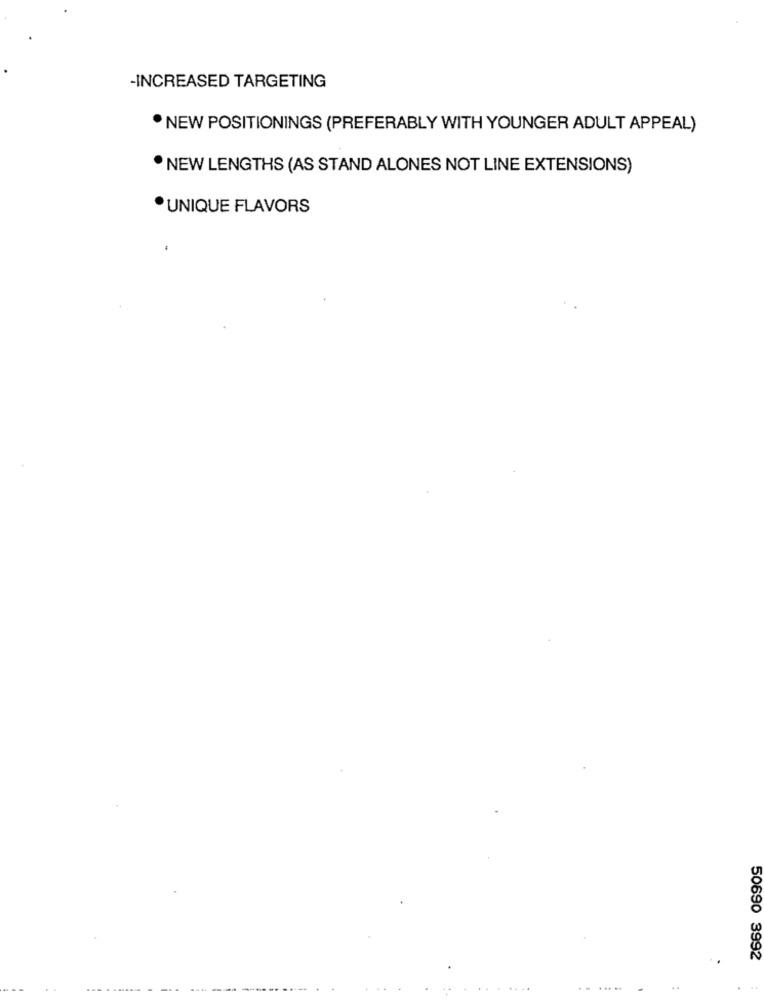
-INCREASED TARGETING
· NEW POSITIONINGS (PREFERABLY WITH YOUNGER ADULT APPEAL)
NEW LENGTHS (AS STAND ALONES NOT LINE EXTENSIONS)
UNIQUE FLAVORS
.
50690 3992
...
---
..